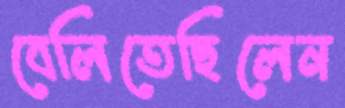
বেলিতেছিলেন